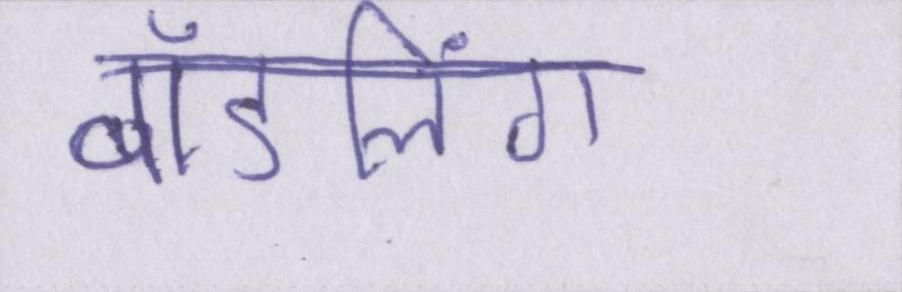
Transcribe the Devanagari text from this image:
बॉडलिंग